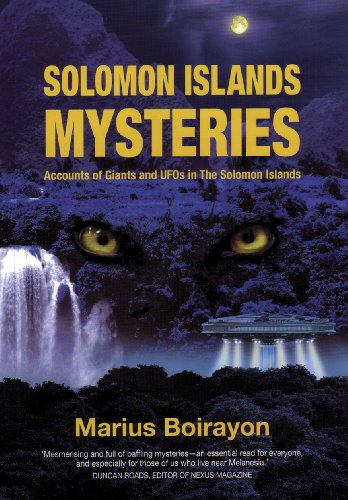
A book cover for Solomon Islands Mysteries: Accounts of Giants and UFOs in the Solomon Islands; Marius Boirayon; Travel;